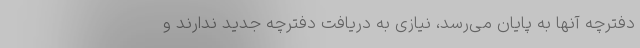
دفترچه آنها به پایان می‌رسد، نیازی به دریافت دفترچه جدید ندارند و